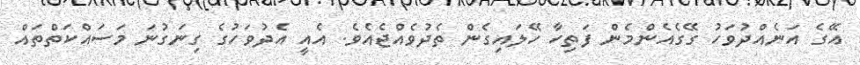
އޭގެ އަނެއްދުވަހު ގޭގެއެންމެން ފަތިހާ ހޭލައިގެން ތެދުވެއްޖެއެވެ. އެއީ އެދުވަހުގެ ގިނަގުނަ މަސައްކަތްތައް